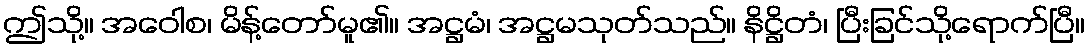
ဤသို့။ အဝေါစ၊ မိန့်တော်မူ၏။ အဋ္ဌမံ၊ အဋ္ဌမသုတ်သည်။ နိဋ္ဌိတံ၊ ပြီးခြင်သို့ရောက်ပြီ။